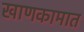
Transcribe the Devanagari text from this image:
खाणकामात